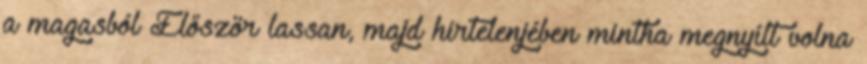
a magasból Először lassan, majd hirtelenjében mintha megnyílt volna